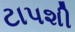
ટાપશી